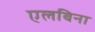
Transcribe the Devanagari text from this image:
एलबिना